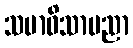
သမာဓိသာမညာ